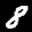
Label: 8